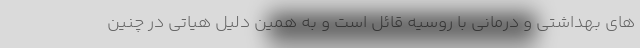
های بهداشتی و درمانی با روسیه قائل است و به همین دلیل هیاتی در چنین